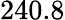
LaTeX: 240.8